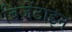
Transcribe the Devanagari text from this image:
बिज़ेंटाइन